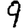
Digit: 9